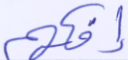
إفكهم